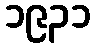
၁၉၃၁